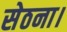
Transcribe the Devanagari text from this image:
सेठना।